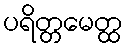
ပရိတ္တမေတ္ထ